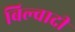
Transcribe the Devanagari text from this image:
बिल्वादी